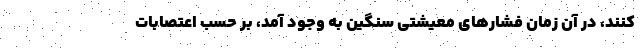
کنند، در آن زمان فشار‌های معیشتی سنگین به وجود آمد، بر حسب اعتصابات